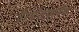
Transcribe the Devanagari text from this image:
ट्रैम्पोलाइनिंग